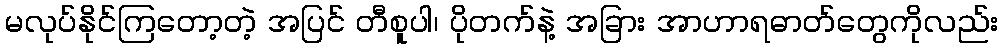
မလုပ်နိုင်ကြတော့တဲ့ အပြင် တီစူပါ၊ ပိုတက်နဲ့ အခြား အာဟာရဓာတ်တွေကိုလည်း